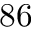
8 6